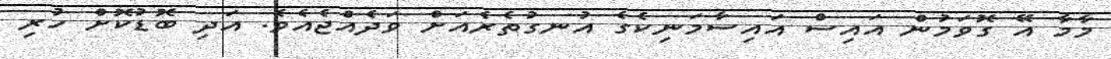
މާމާ އޭ ގޮވަމުން އައިސް އައިސާމަނިކެގެ އުނގުތެރެއަށް ވަދެއްޖެއެވެ. އަދި ބޮޑުކޮށް ހުރި